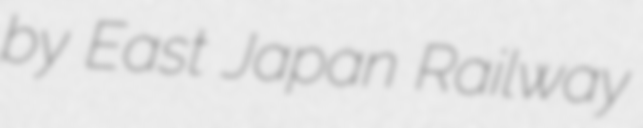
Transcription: by East Japan Railway